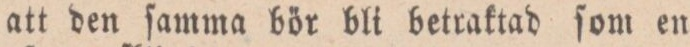
att den ſamma bör bli betraktad ſom en